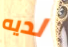
لديه